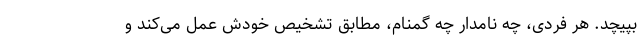
بپیچد. هر فردی، چه نامدار چه گمنام، مطابق تشخیص خودش عمل می‌کند و